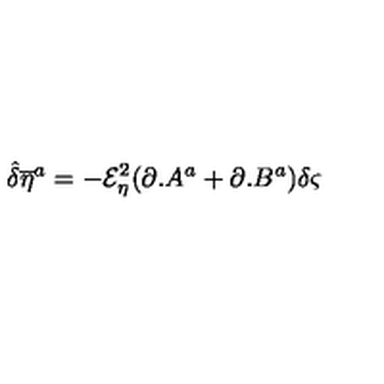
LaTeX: { \hat { \delta } } { \overline { { \eta } } } ^ { a } = - { \mathcal { E } } _ { \eta } ^ { 2 } ( \partial . A ^ { a } + \partial . B ^ { a } ) \delta \varsigma